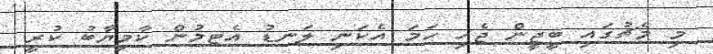
މި މެޗުގައި ބީޖީން ޖެހި ހަމަ އެކަނި ލަނޑު އެޓމުން ކާމިޔާބު ކުރީ